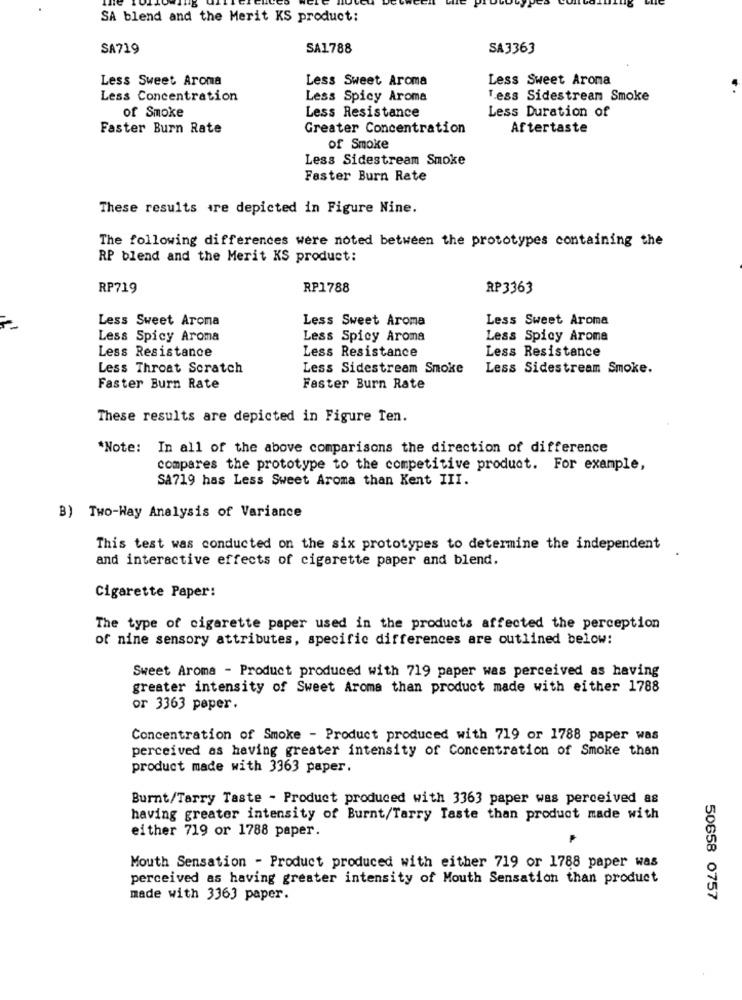
SA blend and the Merit KS product:
SA719
SA1788
SA3363
Less Sweet Aroma
Less Sweet Aroma
Less Sweet Aroma
Less Concentration
Less Spicy Aroma
Less Sidestream Smoke
of Smoke
Less Duration of
Less Resistance
Faster Burn Rate
Greater Concentration
Aftertaste
of Smoke
Less Sidestream Smoke
Faster Burn Rate
These results are depicted in Figure Nine.
The following differences were noted between the prototypes containing the
RP blend and the Merit KS product:
RP719
RP1788
RP3363
Less Sweet Aroma
Less Sweet Aroma
Less Sweet Aroma
Less Spicy Aroma
Less Spicy Aroma
Less Spicy Aroma
Less Resistance
Less Resistance
Less Resistance
Less Throat Scratch
Less Sidestream Smoke
Less Sidestream Smoke.
Faster Burn Rate
Faster Burn Rate
These results are depicted in Figure Ten.
*Note: In all of the above comparisons the direction of difference
compares the prototype to the competitive product. For example,
SA719 has Less Sweet Aroma than Kent III.
B) Two-Way Analysis of Variance
This test was conducted on the six prototypes to determine the independent
and interactive effects of cigarette paper and blend.
Cigarette Paper:
The type of cigarette paper used in the products affected the perception
of nine sensory attributes, specific differences are outlined below:
Sweet Aroma - Product produced with 719 paper was perceived as having
greater intensity of Sweet Aroma than product made with either 1788
or 3363 paper.
Concentration of Smoke - Product produced with 719 or 1788 paper was
perceived as having greater intensity of Concentration of Smoke than
product made with 3363 paper.
Burnt/Tarry Taste - Product produced with 3363 paper was perceived as
having greater intensity of Burnt/Tarry Taste than product made with
either 719 or 1788 paper.
Mouth Sensation - Product produced with either 719 or 1788 paper was
perceived as having greater intensity of Mouth Sensation than product
made with 3363 paper.
50658 0757